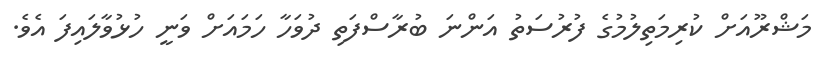
މަޝްރޫއަށް ކުރިމަތިލުމުގެ ފުރުސަތު އަންނަ ބުރާސްފަތި ދުވަހާ ހަމައަށް ވަނީ ހުޅުވާލައިފަ އެވެ.